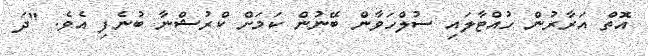
އޮތް އަރާރުން ހުއްޓާލައި ސުލްހަވާން ބޭނުން ކަމަށް ކްރުޝްނާ ބުނެފި އެވެ. "ދަ